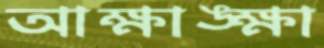
আক্ষাঙ্ক্ষা